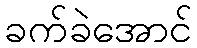
ခက်ခဲအောင်